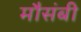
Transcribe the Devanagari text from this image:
मौसंबी